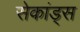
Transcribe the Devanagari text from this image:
सेकांड्स